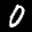
Label: 0